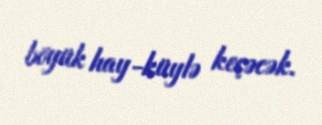
böyük hay-küylə keçəcək.